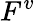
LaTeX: F^{v}